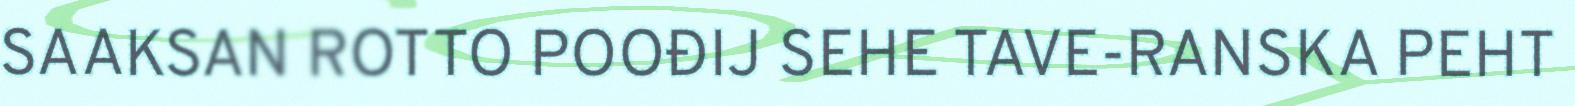
SAAKSAN ROTTO POOĐIJ SEHE TAVE-RANSKA PEHT